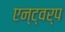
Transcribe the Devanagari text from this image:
एन्ट्वर्प